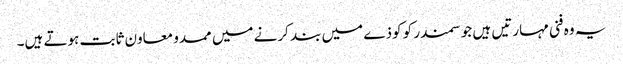
یہ وہ فنی مہارتیں ہیں جو سمندر کو کوذے میں بند کرنے میں ممدو معاون ثابت ہوتے ہیں۔